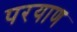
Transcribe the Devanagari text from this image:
परयाण